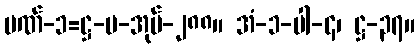
ပဏ်-၁=ဋ္ဌ-ပ-အုပ်-၂၈၈။ အံ-၁-ပါ-၄၊ ဋ္ဌ-၃၇။